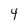
Character: 4